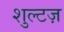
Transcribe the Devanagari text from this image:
शुल्टज़